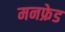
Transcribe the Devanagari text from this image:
मनफ्रेड